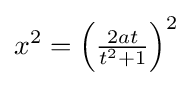
x^{2}=\left({\tfrac {2at}{t^{2}+1}}\right)^{2}